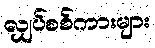
လျှပ်စစ်ကားများ